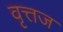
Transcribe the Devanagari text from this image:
वृत्तज